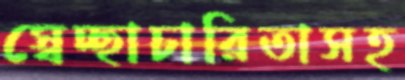
স্বেচ্ছাচারিতাসহ